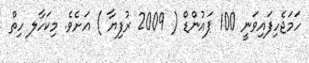
ހަމަޖެހިފައިވަނީ 100 ޕައުންޑް ( 2009 ރުފިޔާ ) އަށެވެ. މިކަހާލ ހިތް